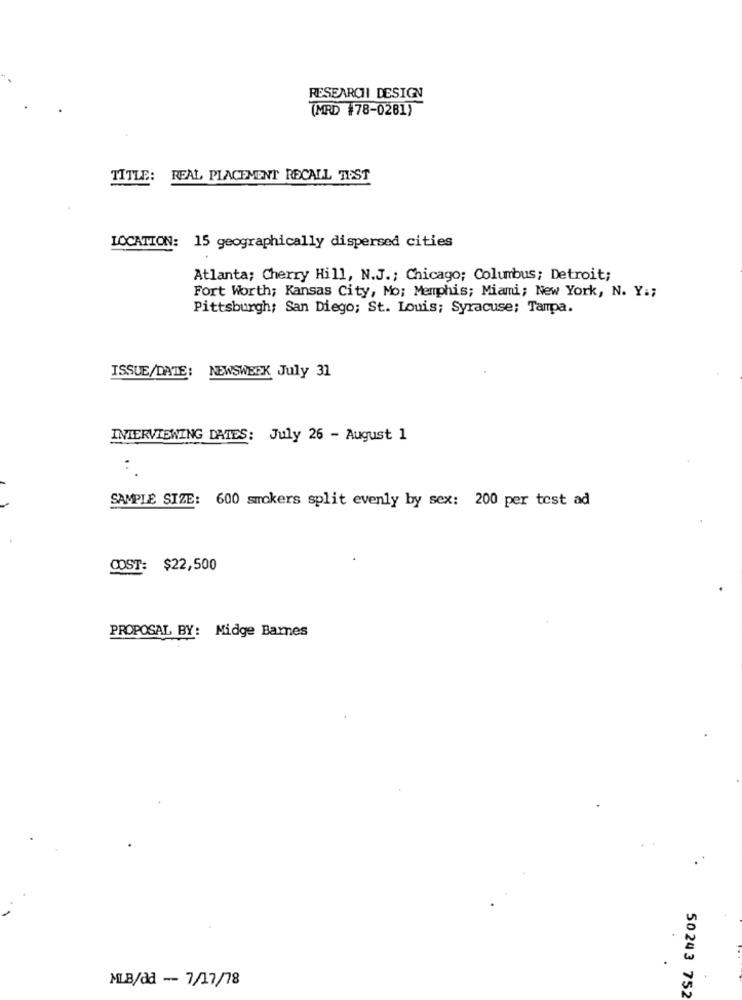
RESEARCHI DESIGN
(MRD #78-0281)
TITLE:
REAL PLACEMENT RECALL TEST
LOCATION: 15 geographically dispersed cities
Atlanta; Cherry Hill, N.J .; Chicago; Columbus; Detroit;
Fort Worth; Kansas City, Mo; Memphis; Miami; New York, N. Y .;
Pittsburgh; San Diego; St. Louis; Syracuse; Tampa.
ISSUE/DATE: NEWSWEEK July 31
INTERVIEWING DATES: July 26 - August 1
. .
SAMPLE SIZE: 600 smokers split evenly by sex: 200 per test ad
COST: $22,500
PROPOSAL BY: Midge Barnes
MLB/dd -- 7/17/78
50243 752